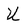
Character: U